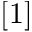
[ 1 ]